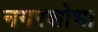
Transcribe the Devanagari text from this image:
नगरशोभा